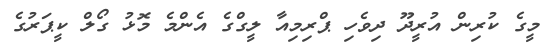
މީގެ ކުރިން އުރީދޫ ދިވެހި ޕްރިމިއާ ލީގްގެ އެންމެ މޮޅު ގޯލް ކީޕަރުގެ